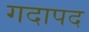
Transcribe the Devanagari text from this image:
गदापद